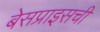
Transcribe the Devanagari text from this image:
बेसप्राइसची